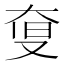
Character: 𡘨